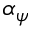
\alpha _ { \psi }